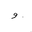
Letter: _waw